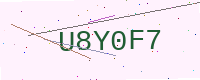
Text: U8Y0F7